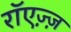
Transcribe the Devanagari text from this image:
रॉएज़्ज़